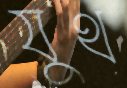
যুথ